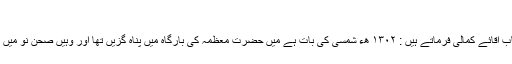
(۷)
آستانہ مقدسہ کے خادم جناب آقائے کمالی فرماتے ہیں : ۱۳۰۲ ھء شمسی کی بات ہے میں حضرت معظمہ کی بارگاہ میں پناہ گزیں تھا اور وہیں صحن نو میں ایک حجرے میں مقیم تھا ۔